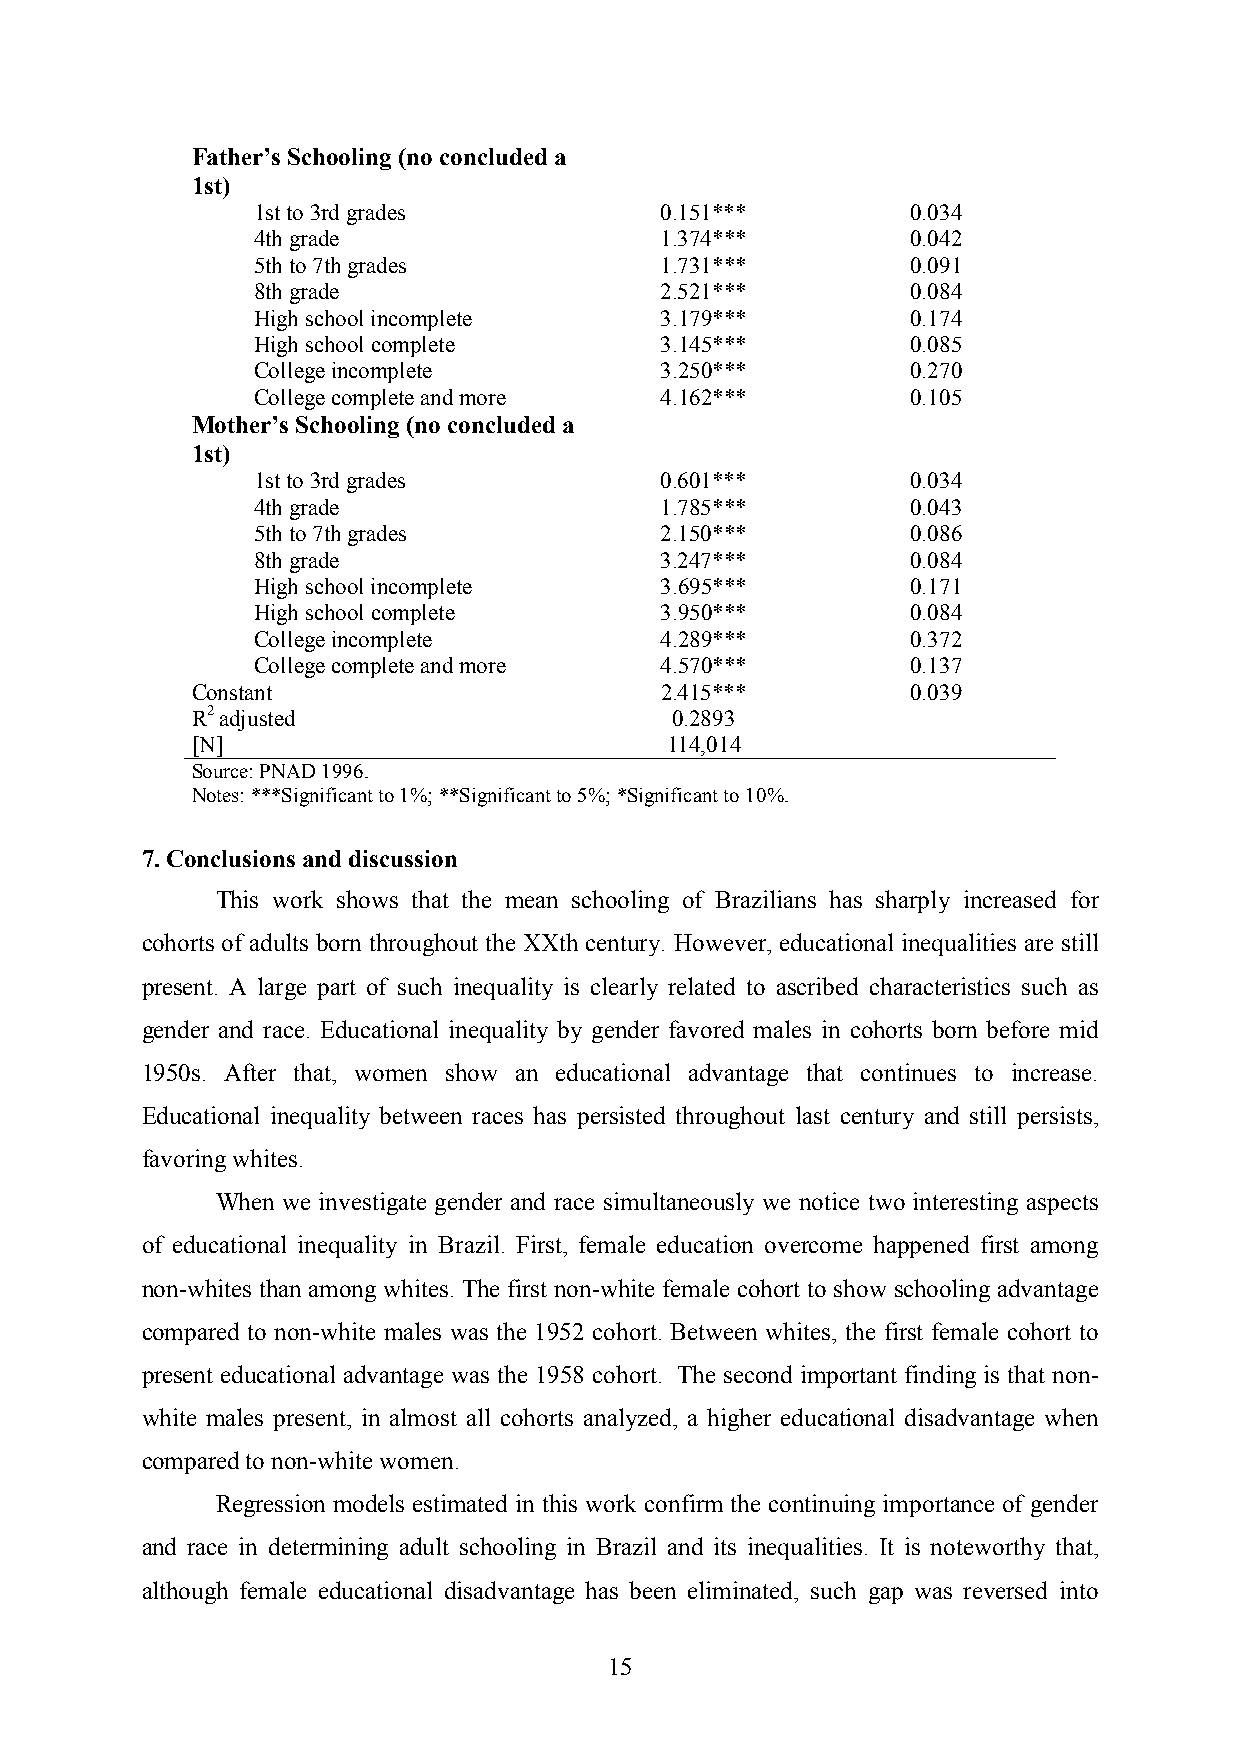
Father’s Schooling (no concluded a
 1st)
 1st to 3rd grades          0.151***        0.034
 4th grade                  1.374***        0.042
 5th to 7th grades          1.731***        0.091
 8th grade                  2.521***        0.084
 High school incomplete     3.179***        0.174
 High school complete       3.145***        0.085
 College incomplete         3.250***        0.270
 College complete and more  4.162***        0.105
 Mother’s Schooling (no concluded a
 1st)
 1st to 3rd grades          0.601***        0.034
 4th grade                  1.785***        0.043
 5th to 7th grades          2.150***        0.086
 8th grade                  3.247***        0.084
 High school incomplete     3.695***        0.171
 High school complete       3.950***        0.084
 College incomplete         4.289***        0.372
 College complete and more  4.570***        0.137
 Constant                       2.415***        0.039
 R2 adjusted                     0.2893
 [N]                            114,014
 Source: PNAD 1996.
 Notes: ***Significant to 1%; **Significant to 5%; *Significant to 10%.
 7. Conclusions and discussion
 This work shows that the mean schooling of Brazilians has sharply increased for
 cohorts of adults born throughout the XXth century. However, educational inequalities are still
 present. A large part of such inequality is clearly related to ascribed characteristics such as
 gender and race. Educational inequality by gender favored males in cohorts born before mid
 1950s. After that, women show an educational advantage that continues to increase.
 Educational inequality between races has persisted throughout last century and still persists,
 favoring whites.
 When we investigate gender and race simultaneously we notice two interesting aspects
 of educational inequality in Brazil. First, female education overcome happened first among
 non-whites than among whites. The first non-white female cohort to show schooling advantage
 compared to non-white males was the 1952 cohort. Between whites, the first female cohort to
 present educational advantage was the 1958 cohort. The second important finding is that non-
 white males present, in almost all cohorts analyzed, a higher educational disadvantage when
 compared to non-white women.
 Regression models estimated in this work confirm the continuing importance of gender
 and race in determining adult schooling in Brazil and its inequalities. It is noteworthy that,
 although female educational disadvantage has been eliminated, such gap was reversed into
 15